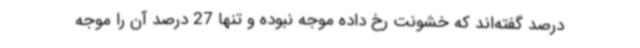
درصد گفته‌اند که خشونت رخ داده موجه نبوده و تنها 27 درصد آن را موجه